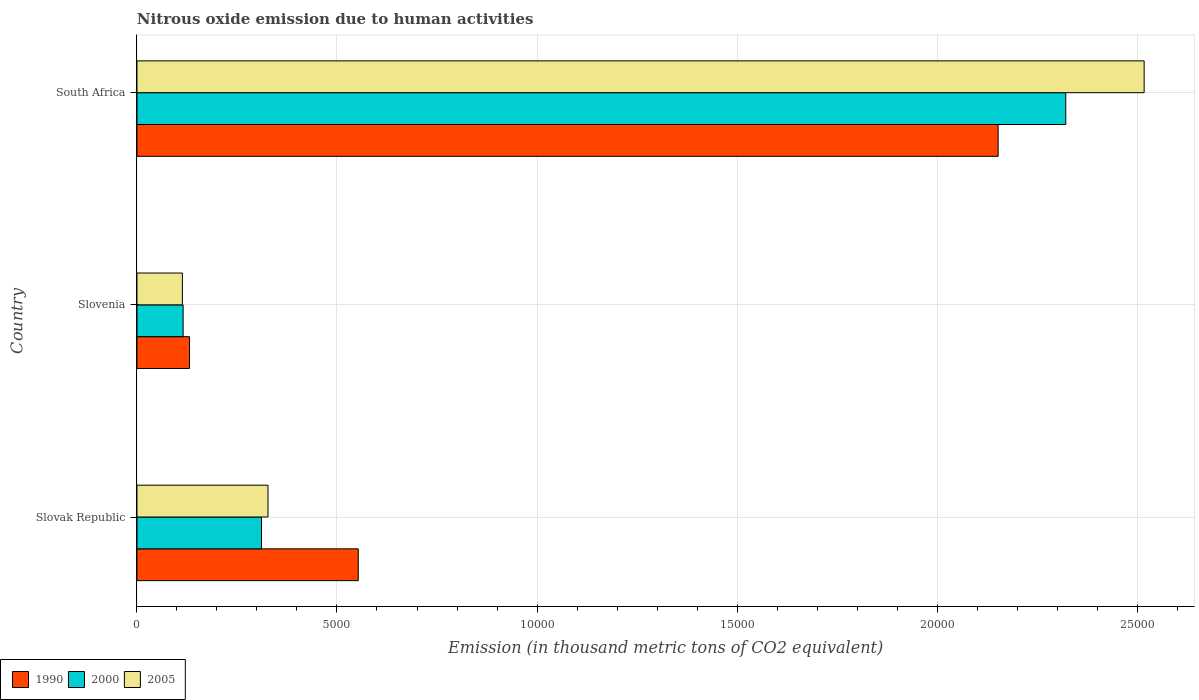
| Country | 1990 | 2000 | 2005 |
 | --- | --- | --- | --- |
 | Slovak Republic | 5.53e+03 | 3.11e+03 | 3.28e+03 |
 | Slovenia | 1.31e+03 | 1.15e+03 | 1.14e+03 |
 | South Africa | 2.15e+04 | 2.32e+04 | 2.52e+04 |